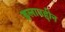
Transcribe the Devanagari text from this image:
इलाउद्दीन